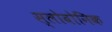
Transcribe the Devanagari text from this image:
स्लोवोनिक